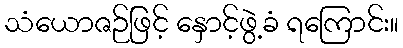
သံယောဇဉ်ဖြင့် နှောင့်ဖွဲ့ခံ ရကြောင်း။